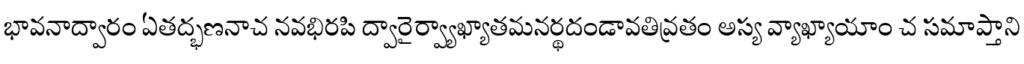
భావనాద్వారం ఏతద్భణనాచ నవభిరపి ద్వారైర్వ్యాఖ్యాతమనర్థదండావతివ్రతం అస్య వ్యాఖ్యాయాం చ సమాప్తాని